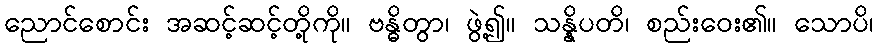
ညောင်စောင်း အဆင့်ဆင့်တို့ကို။ ဗန္ဓိတွာ၊ ဖွဲ့၍။ သန္နိပတိ၊ စည်းဝေး၏။ သောပိ၊